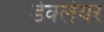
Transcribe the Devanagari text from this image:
डेक्लेयर